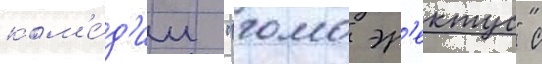
ком'е́д'ии "гомо эр'ектус" с